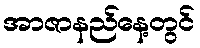
အာဇာနည်နေ့တွင်